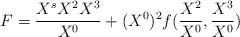
LaTeX: \begin{align*}F={X^sX^2X^3\over X^0} + (X^0)^2f({X^2\over X^0},{X^3\over X^0})\end{align*}